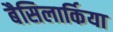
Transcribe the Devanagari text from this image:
बैसिलार्किया